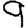
Digit: 9